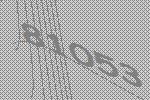
81053